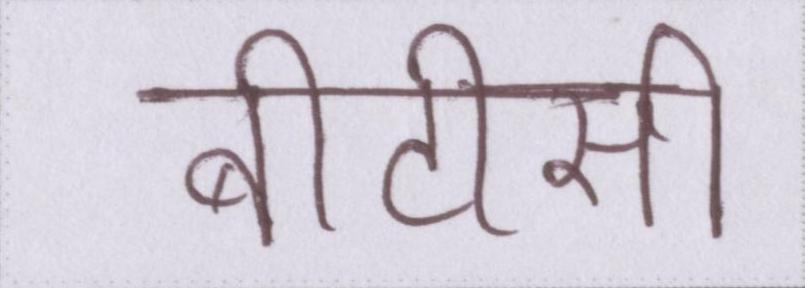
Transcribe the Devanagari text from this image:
बीटीसी